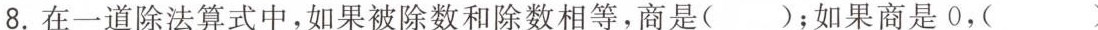
8. 在一道除法算式中，如果被除数和除数相等，商是( )；如果商是0，( )